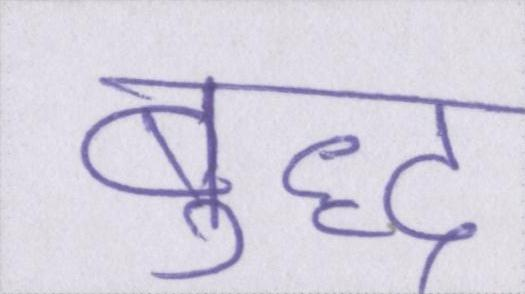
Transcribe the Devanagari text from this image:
बुद्ध